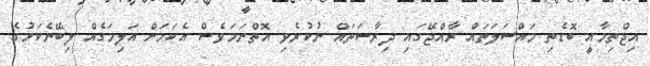
އިޖްތިމާއީ ބޮޑެތި މައްސަލަތައް ރާއްޖޭގައި ދިރާސަތައް ނުކުރެވި އޮތްނަމަަވެސް އެކަމަށް އަލިމަގެއް ލިބޭނެކަމުގެ